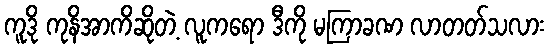
ကူဒို ကုနိအာကိဆိုတဲ့ လူကရော ဒီကို မကြာခဏ လာတတ်သလား